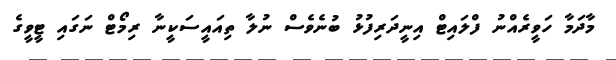
މާދަމާ ހަވީރެއްނު ފްލައިޓް އިނީދަރިފުޅު ބުނެވެސް ނުލާ ތިއައީސަކީނާ ރިމޯޓް ނަގައި ޓީވީގެ